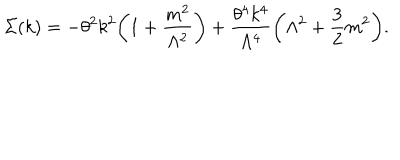
LaTeX: \Sigma ( k ) = - \theta ^ { 2 } k ^ { 2 } \biggl ( 1 + \frac { m ^ { 2 } } { \Lambda ^ { 2 } } \biggr ) + \frac { \theta ^ { 4 } k ^ { 4 } } { \Lambda ^ { 4 } } \biggl ( \Lambda ^ { 2 } + \frac { 3 } { 2 } m ^ { 2 } \biggr ) .